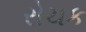
રોચક